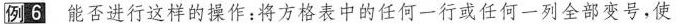
例6 能否进行这样的操作：将方格表中的任何一行或任何一列全部变号，使